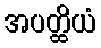
အပတ္ထိယံ